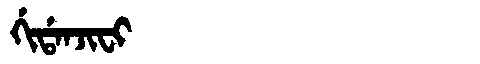
Manchu: ᡤᡳᡩᠠᠨᠵᡳᠸᡳ
Romanization: GIDANJIFI